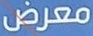
معرض